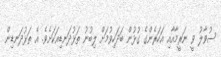
ސުވާލު ވީ ނަރީމާއާއި އަހަރެންގެ ގުޅުން ބަދަހިވުމަށް ލިބުނު ތަޅުދަނޑިއަކަށެވެ. އެ ތަޅުދަނޑިން